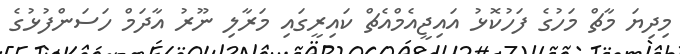
މިދިޔަ މާޗް މަހުގެ ފަހުކޮޅު އައިޖީއެމްއެޗް ކައިރީގައި މަރާލި ނޫރު އާދަމް ހަސަންފުޅުގެ